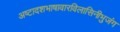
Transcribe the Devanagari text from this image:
अष्टादशभाषावारविलासिनीभुजंग